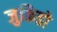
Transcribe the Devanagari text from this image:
जुकिडो